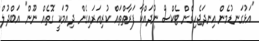
"އަޅުގަނޑުމެން އިނދަޖެހިގެން ޓެކްސް ނުދައްކާ ފަރާތްތައް ކުރިއަރައިގެން ދިއުމަކީ ގޮތެއް ނޫން" އަބްދުލް